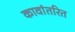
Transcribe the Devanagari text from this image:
कावांतरित